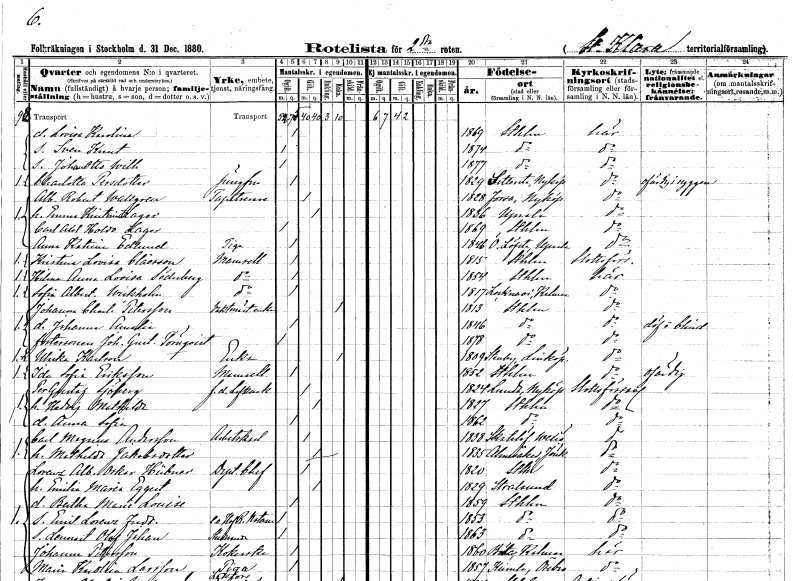
gt_parse: households: individuals: FN: Lovisa Karolina
KON: K
CIV: O
FODAR: 1869
FODFORS: Stockholm
FN: Sven Knut
KON: M
CIV: O
FODAR: 1874
FODFORS: Stockholm
FN: Johan Otto Wilhelm
KON: M
CIV: O
FODAR: 1877
FODFORS: Stockholm
FN: Charlotta
EN: Persdotter
YRKE: Jungfru
KON: K
CIV: O
FODAR: 1829
FODFORS: Sättersta Södermanlands län
FN: Albert Robert
EN: Wallgren
YRKE: Tapetserare
KON: M
CIV: G
FODAR: 1828
FODFORS: Forssa Södermanlands län
FN: Emma Kristina
EN: Lager
KON: K
CIV: G
FODAR: 1836
FODFORS: Uppsala Uppsala län
FN: Carl Axel Holdo
EN: Lager
KON: M
CIV: O
FODAR: 1869
FODFORS: Stockholm
FN: Anna Katrina
EN: Edlund
YRKE: Piga
KON: K
CIV: O
FODAR: 1846
FODFORS: Österlövsta Uppsala län
FN: Kristina Lovisa
EN: Claësson
KON: K
CIV: O
FODAR: 1815
FODFORS: Stockholm
FN: Hilma Anna Lovisa
EN: Söderberg
KON: K
CIV: O
FODAR: 1854
FODFORS: Stockholm
FN: Sofia Albertina
EN: Wikholm
KON: K
CIV: O
FODAR: 1817
FODFORS: Locknevi Kalmar län
FN: Johanna Charlotta
EN: Petersson
YRKE: Vaktmästareänka
KON: K
CIV: E
FODAR: 1813
FODFORS: Stockholm
FN: Johanna Amalia
KON: K
CIV: O
FODAR: 1846
FODFORS: Stockholm
FN: Johan Gustaf
EN: Törnqvist
KON: M
CIV: O
FODAR: 1878
FODFORS: Stockholm
FN: Ulrika
EN: Karlsson
YRKE: Änka
KON: K
CIV: E
FODAR: 1809
FODFORS: Stenby Östergötland
FN: Ida Sofia
EN: Eriksson
KON: K
CIV: O
FODAR: 1852
FODFORS: Stockholm
FN: Per Gustaf
EN: Sjöberg
YRKE: Livkusk f.d.
KON: M
CIV: G
FODAR: 1824
FODFORS: Lunda Södermanlands län
FN: Hedvig Mathilda
KON: K
CIV: G
FODAR: 1827
FODFORS: Stockholm
FN: Anna Sofia
KON: K
CIV: O
FODAR: 1862
FODFORS: Stockholm
FN: Carl Magnus
EN: Andersson
YRKE: Arbetskarl
KON: M
CIV: G
FODAR: 1838
FODFORS: Skatelöv Kronobergs län
FN: Mathilda
EN: Jakobsdotter
KON: K
CIV: G
FODAR: 1835
FODFORS: Almesåkra Jönköpings län